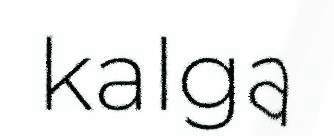
kalga